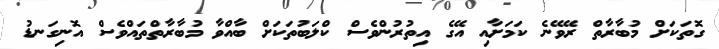
ގޮތަކަށް މުބާރާތް ރޭވޭނެ ކަމަށާއި އޭގެ އިތުރުންވެސް ކްލަބުތަކަށް ބާއްވާ މުބާރާތްތައްވެސް އޮނިގަނޑު